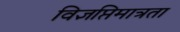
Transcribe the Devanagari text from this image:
विज्ञप्तिमात्रता